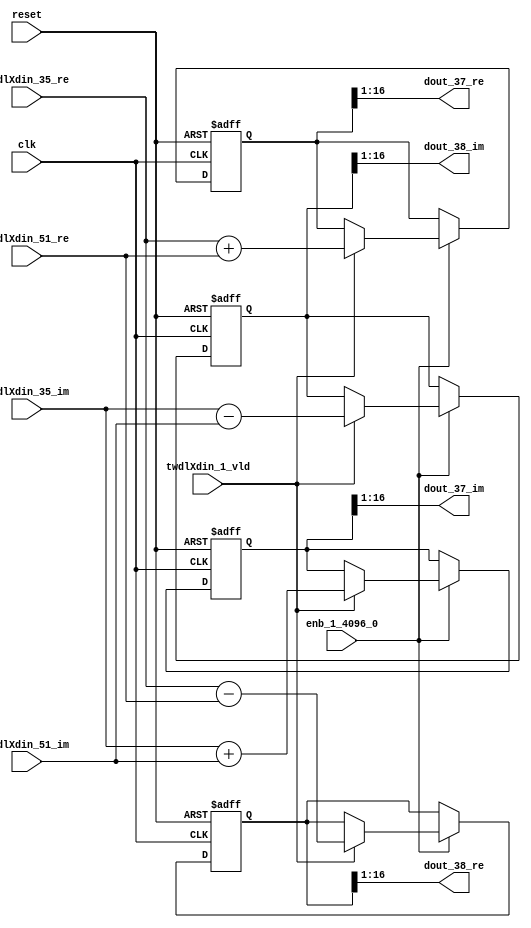
// -------------------------------------------------------------
// 
// 
// Generated by MATLAB 9.14 and HDL Coder 4.1
// 
// -------------------------------------------------------------


// -------------------------------------------------------------
// 
// Module: RADIX22FFT_SDNF1_3_block17
// Source Path: dsphdl.IFFT/RADIX22FFT_SDNF1_3
// Hierarchy Level: 4
// 
// -------------------------------------------------------------

`timescale 1 ns / 1 ns

module RADIX22FFT_SDNF1_3_block17
          (clk,
           reset,
           enb_1_4096_0,
           twdlXdin_35_re,
           twdlXdin_35_im,
           twdlXdin_51_re,
           twdlXdin_51_im,
           twdlXdin_1_vld,
           dout_37_re,
           dout_37_im,
           dout_38_re,
           dout_38_im);


  input   clk;
  input   reset;
  input   enb_1_4096_0;
  input   signed [15:0] twdlXdin_35_re;  // sfix16_En14
  input   signed [15:0] twdlXdin_35_im;  // sfix16_En14
  input   signed [15:0] twdlXdin_51_re;  // sfix16_En14
  input   signed [15:0] twdlXdin_51_im;  // sfix16_En14
  input   twdlXdin_1_vld;
  output  signed [15:0] dout_37_re;  // sfix16_En14
  output  signed [15:0] dout_37_im;  // sfix16_En14
  output  signed [15:0] dout_38_re;  // sfix16_En14
  output  signed [15:0] dout_38_im;  // sfix16_En14


  reg signed [16:0] Radix22ButterflyG1_NF_btf1_re_reg;  // sfix17
  reg signed [16:0] Radix22ButterflyG1_NF_btf1_im_reg;  // sfix17
  reg signed [16:0] Radix22ButterflyG1_NF_btf2_re_reg;  // sfix17
  reg signed [16:0] Radix22ButterflyG1_NF_btf2_im_reg;  // sfix17
  reg  Radix22ButterflyG1_NF_dinXtwdl_vld_dly1;
  reg signed [16:0] Radix22ButterflyG1_NF_btf1_re_reg_next;  // sfix17_En14
  reg signed [16:0] Radix22ButterflyG1_NF_btf1_im_reg_next;  // sfix17_En14
  reg signed [16:0] Radix22ButterflyG1_NF_btf2_re_reg_next;  // sfix17_En14
  reg signed [16:0] Radix22ButterflyG1_NF_btf2_im_reg_next;  // sfix17_En14
  reg  Radix22ButterflyG1_NF_dinXtwdl_vld_dly1_next;
  reg signed [15:0] dout_37_re_1;  // sfix16_En14
  reg signed [15:0] dout_37_im_1;  // sfix16_En14
  reg signed [15:0] dout_38_re_1;  // sfix16_En14
  reg signed [15:0] dout_38_im_1;  // sfix16_En14
  reg  dout_37_vld;
  reg signed [16:0] Radix22ButterflyG1_NF_add_cast;  // sfix17_En14
  reg signed [16:0] Radix22ButterflyG1_NF_add_cast_0;  // sfix17_En14
  reg signed [16:0] Radix22ButterflyG1_NF_sra_temp;  // sfix17_En14
  reg signed [16:0] Radix22ButterflyG1_NF_sub_cast;  // sfix17_En14
  reg signed [16:0] Radix22ButterflyG1_NF_sub_cast_0;  // sfix17_En14
  reg signed [16:0] Radix22ButterflyG1_NF_sra_temp_0;  // sfix17_En14
  reg signed [16:0] Radix22ButterflyG1_NF_add_cast_1;  // sfix17_En14
  reg signed [16:0] Radix22ButterflyG1_NF_add_cast_2;  // sfix17_En14
  reg signed [16:0] Radix22ButterflyG1_NF_sra_temp_1;  // sfix17_En14
  reg signed [16:0] Radix22ButterflyG1_NF_sub_cast_1;  // sfix17_En14
  reg signed [16:0] Radix22ButterflyG1_NF_sub_cast_2;  // sfix17_En14
  reg signed [16:0] Radix22ButterflyG1_NF_sra_temp_2;  // sfix17_En14


  // Radix22ButterflyG1_NF
  always @(posedge clk or posedge reset)
    begin : Radix22ButterflyG1_NF_process
      if (reset == 1'b1) begin
        Radix22ButterflyG1_NF_btf1_re_reg <= 17'sb00000000000000000;
        Radix22ButterflyG1_NF_btf1_im_reg <= 17'sb00000000000000000;
        Radix22ButterflyG1_NF_btf2_re_reg <= 17'sb00000000000000000;
        Radix22ButterflyG1_NF_btf2_im_reg <= 17'sb00000000000000000;
        Radix22ButterflyG1_NF_dinXtwdl_vld_dly1 <= 1'b0;
      end
      else begin
        if (enb_1_4096_0) begin
          Radix22ButterflyG1_NF_btf1_re_reg <= Radix22ButterflyG1_NF_btf1_re_reg_next;
          Radix22ButterflyG1_NF_btf1_im_reg <= Radix22ButterflyG1_NF_btf1_im_reg_next;
          Radix22ButterflyG1_NF_btf2_re_reg <= Radix22ButterflyG1_NF_btf2_re_reg_next;
          Radix22ButterflyG1_NF_btf2_im_reg <= Radix22ButterflyG1_NF_btf2_im_reg_next;
          Radix22ButterflyG1_NF_dinXtwdl_vld_dly1 <= Radix22ButterflyG1_NF_dinXtwdl_vld_dly1_next;
        end
      end
    end

  always @(Radix22ButterflyG1_NF_btf1_im_reg, Radix22ButterflyG1_NF_btf1_re_reg,
       Radix22ButterflyG1_NF_btf2_im_reg, Radix22ButterflyG1_NF_btf2_re_reg,
       Radix22ButterflyG1_NF_dinXtwdl_vld_dly1, twdlXdin_1_vld, twdlXdin_35_im,
       twdlXdin_35_re, twdlXdin_51_im, twdlXdin_51_re) begin
    Radix22ButterflyG1_NF_add_cast = 17'sb00000000000000000;
    Radix22ButterflyG1_NF_add_cast_0 = 17'sb00000000000000000;
    Radix22ButterflyG1_NF_sub_cast = 17'sb00000000000000000;
    Radix22ButterflyG1_NF_sub_cast_0 = 17'sb00000000000000000;
    Radix22ButterflyG1_NF_add_cast_1 = 17'sb00000000000000000;
    Radix22ButterflyG1_NF_add_cast_2 = 17'sb00000000000000000;
    Radix22ButterflyG1_NF_sub_cast_1 = 17'sb00000000000000000;
    Radix22ButterflyG1_NF_sub_cast_2 = 17'sb00000000000000000;
    Radix22ButterflyG1_NF_btf1_re_reg_next = Radix22ButterflyG1_NF_btf1_re_reg;
    Radix22ButterflyG1_NF_btf1_im_reg_next = Radix22ButterflyG1_NF_btf1_im_reg;
    Radix22ButterflyG1_NF_btf2_re_reg_next = Radix22ButterflyG1_NF_btf2_re_reg;
    Radix22ButterflyG1_NF_btf2_im_reg_next = Radix22ButterflyG1_NF_btf2_im_reg;
    Radix22ButterflyG1_NF_dinXtwdl_vld_dly1_next = twdlXdin_1_vld;
    if (twdlXdin_1_vld) begin
      Radix22ButterflyG1_NF_add_cast = {twdlXdin_35_re[15], twdlXdin_35_re};
      Radix22ButterflyG1_NF_add_cast_0 = {twdlXdin_51_re[15], twdlXdin_51_re};
      Radix22ButterflyG1_NF_btf1_re_reg_next = Radix22ButterflyG1_NF_add_cast + Radix22ButterflyG1_NF_add_cast_0;
      Radix22ButterflyG1_NF_sub_cast = {twdlXdin_35_re[15], twdlXdin_35_re};
      Radix22ButterflyG1_NF_sub_cast_0 = {twdlXdin_51_re[15], twdlXdin_51_re};
      Radix22ButterflyG1_NF_btf2_re_reg_next = Radix22ButterflyG1_NF_sub_cast - Radix22ButterflyG1_NF_sub_cast_0;
      Radix22ButterflyG1_NF_add_cast_1 = {twdlXdin_35_im[15], twdlXdin_35_im};
      Radix22ButterflyG1_NF_add_cast_2 = {twdlXdin_51_im[15], twdlXdin_51_im};
      Radix22ButterflyG1_NF_btf1_im_reg_next = Radix22ButterflyG1_NF_add_cast_1 + Radix22ButterflyG1_NF_add_cast_2;
      Radix22ButterflyG1_NF_sub_cast_1 = {twdlXdin_35_im[15], twdlXdin_35_im};
      Radix22ButterflyG1_NF_sub_cast_2 = {twdlXdin_51_im[15], twdlXdin_51_im};
      Radix22ButterflyG1_NF_btf2_im_reg_next = Radix22ButterflyG1_NF_sub_cast_1 - Radix22ButterflyG1_NF_sub_cast_2;
    end
    Radix22ButterflyG1_NF_sra_temp = Radix22ButterflyG1_NF_btf1_re_reg >>> 8'd1;
    dout_37_re_1 = Radix22ButterflyG1_NF_sra_temp[15:0];
    Radix22ButterflyG1_NF_sra_temp_0 = Radix22ButterflyG1_NF_btf1_im_reg >>> 8'd1;
    dout_37_im_1 = Radix22ButterflyG1_NF_sra_temp_0[15:0];
    Radix22ButterflyG1_NF_sra_temp_1 = Radix22ButterflyG1_NF_btf2_re_reg >>> 8'd1;
    dout_38_re_1 = Radix22ButterflyG1_NF_sra_temp_1[15:0];
    Radix22ButterflyG1_NF_sra_temp_2 = Radix22ButterflyG1_NF_btf2_im_reg >>> 8'd1;
    dout_38_im_1 = Radix22ButterflyG1_NF_sra_temp_2[15:0];
    dout_37_vld = Radix22ButterflyG1_NF_dinXtwdl_vld_dly1;
  end



  assign dout_37_re = dout_37_re_1;

  assign dout_37_im = dout_37_im_1;

  assign dout_38_re = dout_38_re_1;

  assign dout_38_im = dout_38_im_1;

endmodule  // RADIX22FFT_SDNF1_3_block17